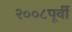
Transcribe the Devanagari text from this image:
२००८पूर्वी